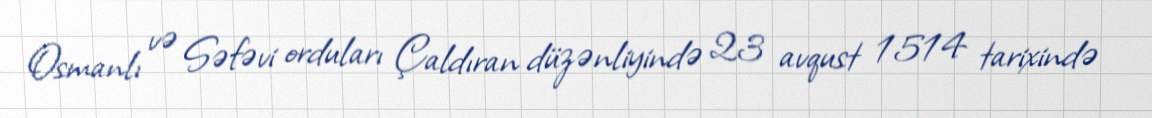
Osmanlı və Səfəvi orduları Çaldıran düzənliyində 23 avqust 1514 tarixində